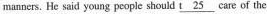
manners. He said young peoplc should \underline{t25} care of the